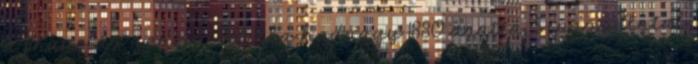
a franciás zenéjű Titilla hadnagy 1880 aratta; Siposs Antal